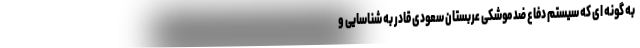
به گونه ای که سیستم دفاع ضد موشکی عربستان سعودی قادر به شناسایی و